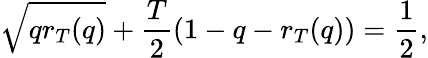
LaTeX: \sqrt{qr_{T}(q)}+\frac{T}{2}(1-q-r_{T}(q))=\frac{1}{2},